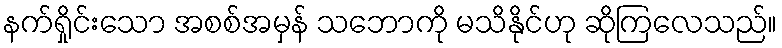
နက်ရှိုင်းသော အစစ်အမှန် သဘောကို မသိနိုင်ဟု ဆိုကြလေသည်။